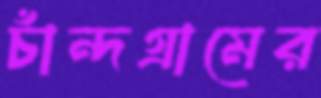
চাঁন্দগ্রামের